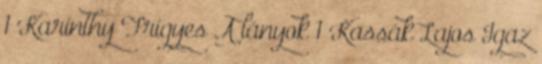
1 Karinthy Frigyes A lányok 1 Kassák Lajos Igaz